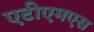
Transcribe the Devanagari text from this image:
एटीएमएस